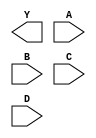
module sky130_fd_sc_hd__nor4 (
    Y,
    A,
    B,
    C,
    D
);

    output Y;
    input  A;
    input  B;
    input  C;
    input  D;

    // Voltage supply signals
    supply1 VPWR;
    supply0 VGND;
    supply1 VPB ;
    supply0 VNB ;

endmodule